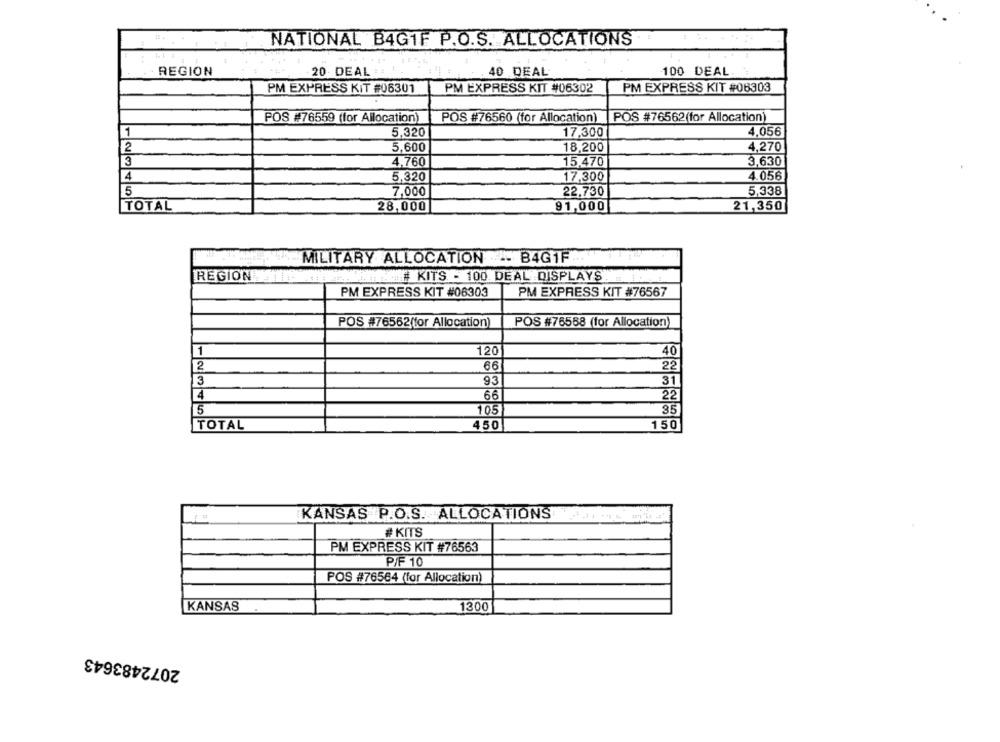
NATIONAL B4G1F P.O.S. ALLOCATIONS
REGION
20 DEAL
40 DEAL
100 DEAL
PM EXPRESS KIT #06301
PM EXPRESS KIT #06302
PM EXPRESS KIT #06303
POS #76559 (for Allocation)
POS #76560 (for Allocation)
POS #76562(for Allocation)
1
5,320
17,300
4,056
2
5,600
18,200
4,270
3
4,760
15,470
3,630
4
5,320
17,300
4.056
5
7,000
22,730
5.338
TOTAL
28,000
91,000
21,350
MILITARY ALLOCATION -- B4G1F.
REGION
KITS - 100. DEAL DISPLAYS.
PM EXPRESS KIT #06303
PM EXPRESS KIT #76567
POS #76562(for Allocation)
POS #76568 (for Allocation)
1
120
40
2
66
22
3
93
31
4
66
22
5
105
35
150
TOTAL
450
KANSAS P.O.S. ALLOCATIONS
# KITS
PM EXPRESS KIT #76563
P/F 10
POS #76564 (for Allocation)
KANSAS
1300
2072483643